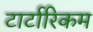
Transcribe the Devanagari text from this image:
टार्टारिकम